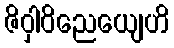
ဇိဝှါဝိညေယျေဟိ